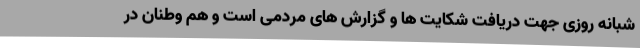
شبانه روزی جهت دریافت شکایت ها و گزارش های مردمی است و هم وطنان در